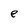
Character: e